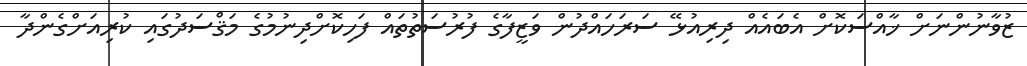
ޒުވާނުންނަށް ޚާއްސަކޮށް އެބައެއް ދިރިއުޅޭ ސަރަހައްދުން ވަޒީފާގެ ފުރުސަތުތައް ފަހިކޮށްދިނުމުގެ މަޤްސަދުގައި ކުރިއަށްގެންދާ